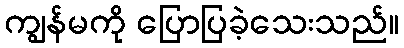
ကျွန်မကို ပြောပြခဲ့သေးသည်။